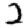
Digit: 2